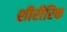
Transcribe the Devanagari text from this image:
शीरीरिक